Sketch of the medical history of the native army of Bombay, for the year
Year: 1876
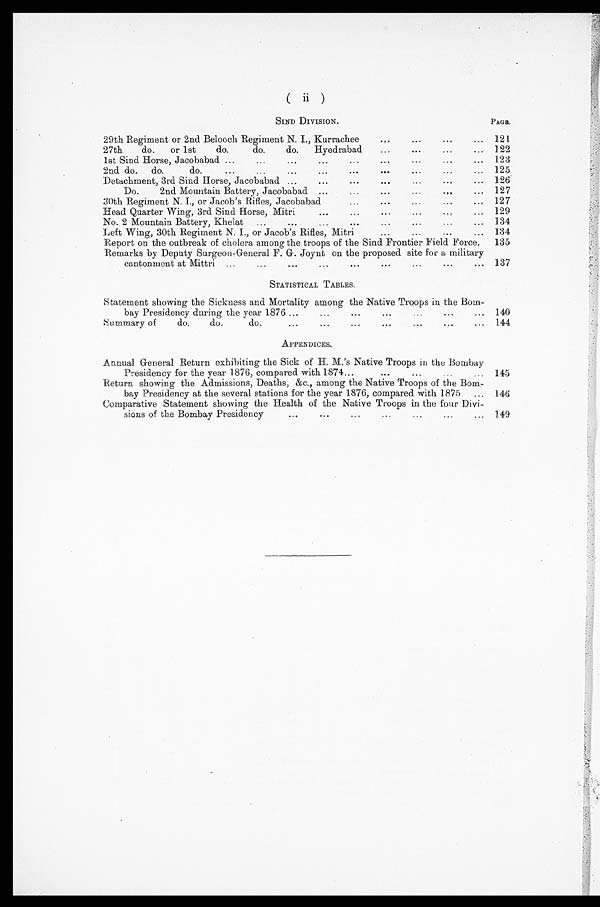
( ii )
SIND DIVISION.
PAGE.
29th Regiment or 2nd Belooch Regiment N. I., Kurrachee
...
... ... ... 121
27th
do.
or 1st
do.
do.
do.
Hyedrabad
...
...
. . .
...
1 2 2
1st Sind Horse, Jacobabad ...
...
...
...
...
...
...
...
...
123
2nd do.
do.
do.
...
...
...
...
...
...
...
... ...
1 2 5
Detachment, 3rd Sind Horse, Jacobabad ...
...
...
...
...
...
... 126
Do.
2nd Mountain Battery, Jacobabad ...
...
...
...
.
..
. . .
127
30th Regiment N. I., or Jacob's Rifles, Jacobabad
...
...
...
... ...
127
Head Quarter Wing, 3rd Sind Horse, Mitri
...
...
...
...
...
...
129
No. 2 Mountain Battery, Khelat
...
...
...
...
...
...
... .... 134
Left Wing, 30th Regiment N. I., or Jacob's Rifles, Mitri
...
...
...
... 134
Report on the outbreak of cholera among the troops of the Sind Frontier Field Force,
135
Remarks by Deputy Surgeon,General F. G. Joynt on the proposed site for a military
cantonment at Mittri ...
...
...
...
...
...
...
...
... ... 137
STATISTICAL TABLES.
Statement showing the Sickness and Mortality among the Native Troops in the Bom-
bay Presidency during the year 1876 ......
...
...
...
...
140
Summary of
do.
do.
do.
...
...
...
...
... 144
APPENDICES.
Annual General Return exhibiting the Sick of H. M.'s Native Troops in the Bombay
Presidency for the year 1876, compared with 1874 ...
...
...
... 145
Return showing the Admissions, Deaths, &c., among the Native Troops of the Bo
m -
bay Presidency at the several stations for the year 1876, compared with 1875
... 146
Comparative Statement showing the Health of the Native Troops in the four Divi-
sions of the Bombay Presidency
...
...
...
...
. . .
. . .
. . .
149